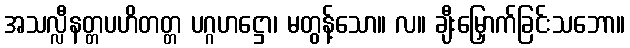
အသလ္လီနတ္တပဟိတတ္တ ပဂ္ဂဟဋ္ဌော၊ မတွန့်သော။ လ။ ချီးမြှောက်ခြင်းသဘော။